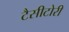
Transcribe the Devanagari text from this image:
टैसीटोरी